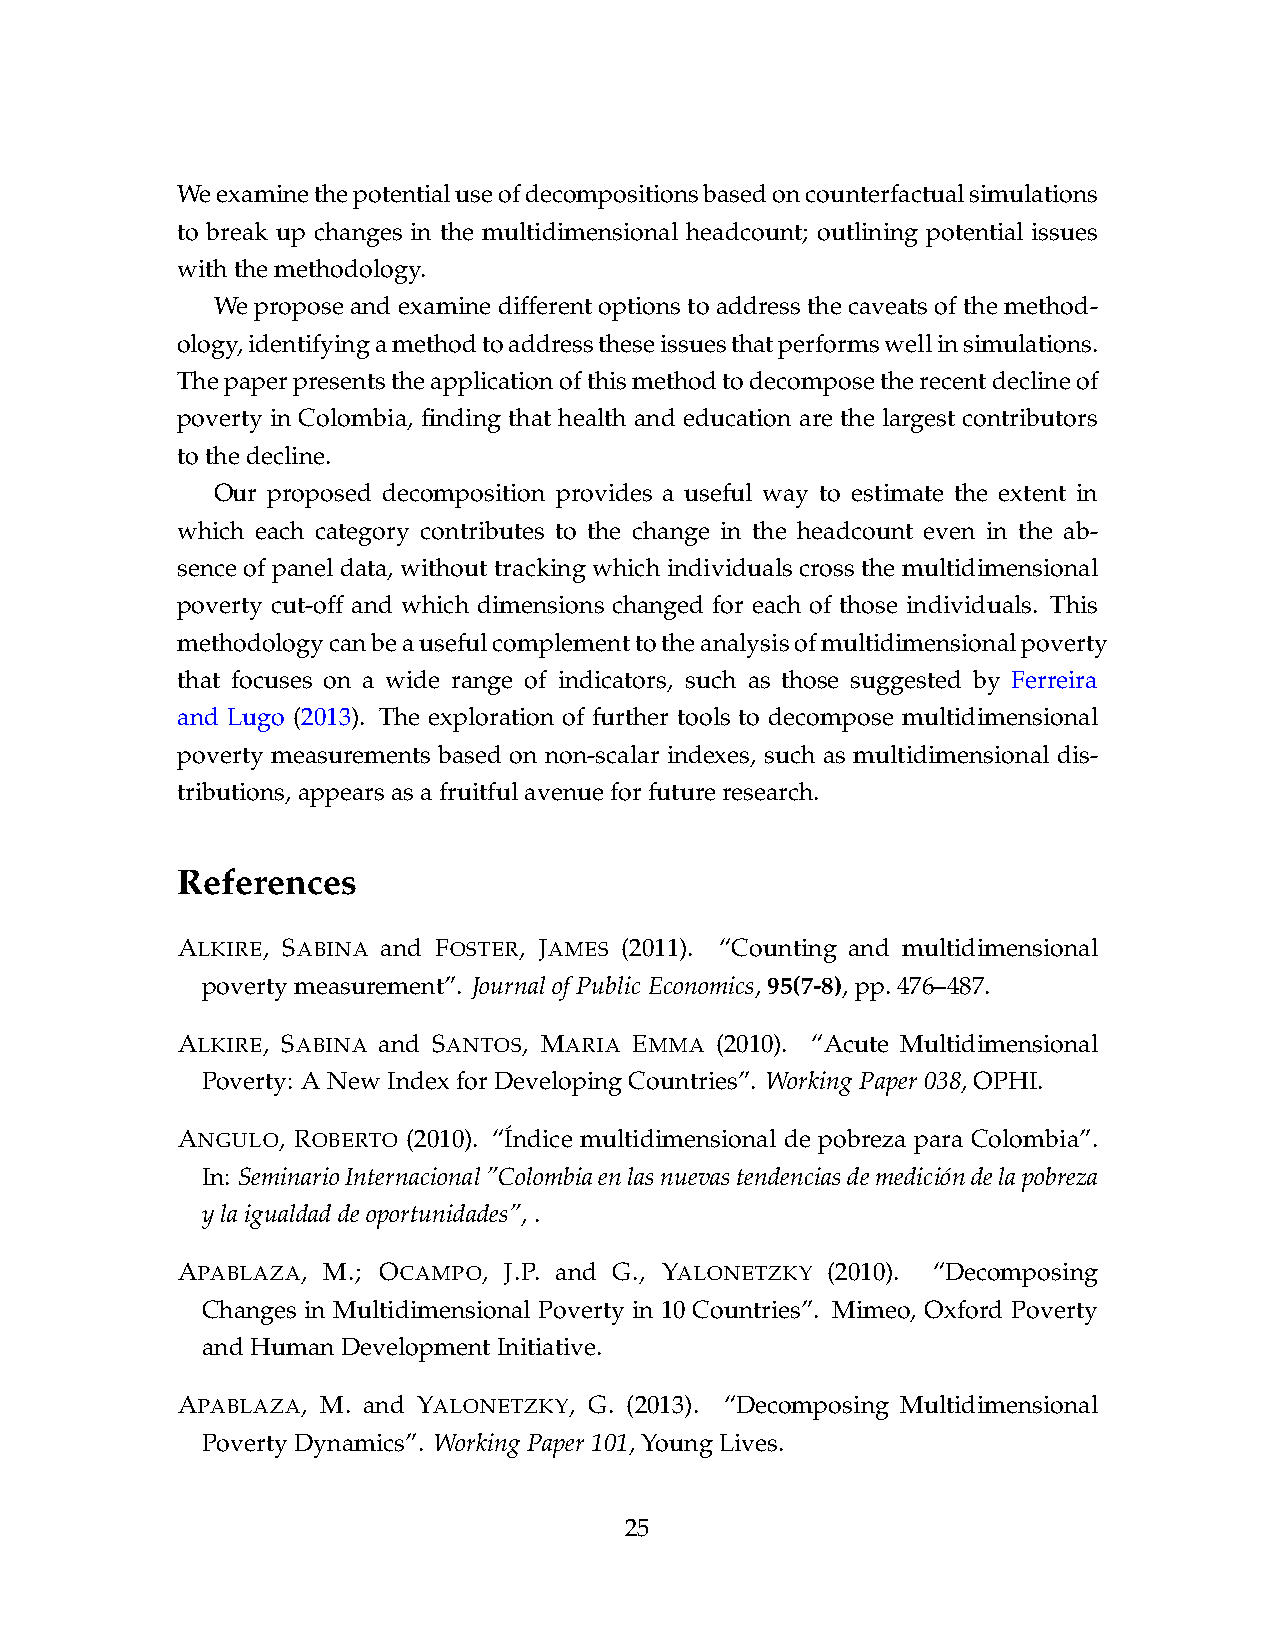
Weexaminethepotentialuseofdecompositionsbasedoncounterfactualsimulations
 to break up changes in the multidimensional headcount; outlining potential issues
 withthemethodology.
 We propose and examine different options to address the caveats of the method-
 ology,identifyingamethodtoaddresstheseissuesthatperformswellinsimulations.
 Thepaperpresentstheapplicationofthismethodtodecomposetherecentdeclineof
 poverty in Colombia, finding that health and education are the largest contributors
 tothedecline.
 Our proposed decomposition provides a useful way to estimate the extent in
 which each category contributes to the change in the headcount even in the ab-
 sence of panel data, without tracking which individuals cross the multidimensional
 poverty cut-off and which dimensions changed for each of those individuals. This
 methodologycanbeausefulcomplementtotheanalysisofmultidimensionalpoverty
 that focuses on a wide range of indicators, such as those suggested by Ferreira
 and Lugo (2013). The exploration of further tools to decompose multidimensional
 poverty measurements based on non-scalar indexes, such as multidimensional dis-
 tributions,appearsasafruitfulavenueforfutureresearch.
 References
 ALKIRE, SABINA and FOSTER, JAMES (2011). “Counting and multidimensional
 povertymeasurement”. JournalofPublicEconomics,95(7-8),pp.476–487.
 ALKIRE, SABINA and SANTOS, MARIA EMMA (2010). “Acute Multidimensional
 Poverty: ANewIndexforDevelopingCountries”. WorkingPaper038,OPHI.
 ANGULO, ROBERTO (2010). “I´ndice multidimensional de pobreza para Colombia”.
 In: SeminarioInternacional”Colombiaenlasnuevastendenciasdemedicio´ndelapobreza
 ylaigualdaddeoportunidades”,.
 APABLAZA, M.; OCAMPO, J.P. and G., YALONETZKY (2010). “Decomposing
 Changes in Multidimensional Poverty in 10 Countries”. Mimeo, Oxford Poverty
 andHumanDevelopmentInitiative.
 APABLAZA, M. and YALONETZKY, G. (2013). “Decomposing Multidimensional
 PovertyDynamics”. WorkingPaper101,YoungLives.
 25